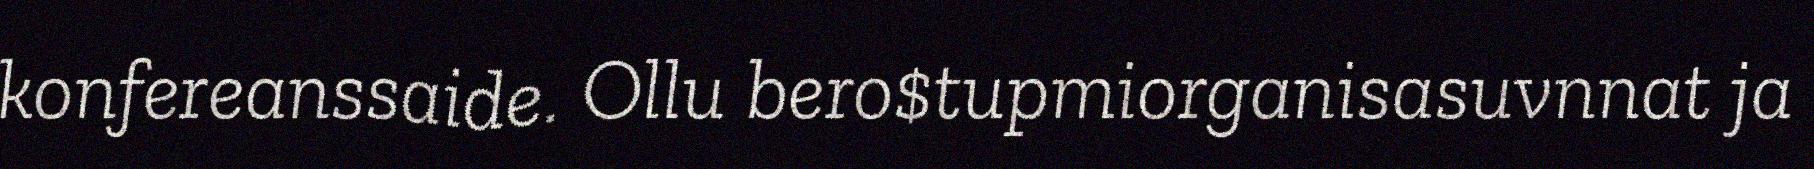
konfereanssaide. Ollu bero$tupmiorganisasuvnnat ja